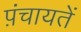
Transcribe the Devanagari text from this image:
प़ंचायतें